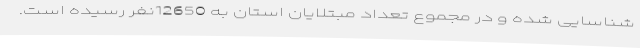
شناسایی شده و در مجموع تعداد مبتلایان استان به 12650نفر رسیده است.